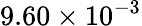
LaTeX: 9.60\times 10^{-3}